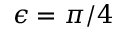
\epsilon = \pi / 4